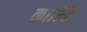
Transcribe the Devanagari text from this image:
काल्हि